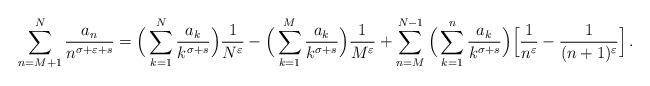
LaTeX: \begin{align*}\sum_{n=M+1}^{N}{\frac{a_{n}}{n^{\sigma + \varepsilon+s}}} = \Big( \sum_{k=1}^{N}{\frac{a_{k}}{k^{\sigma+s}}} \Big) \frac{1}{N^{\varepsilon}} - \Big( \sum_{k=1}^{M}{\frac{a_{k}}{k^{\sigma+s}}} \Big) \frac{1}{M^{\varepsilon}}+ \sum_{n=M}^{N-1}\Big( \sum_{k=1}^{n}{\frac{a_{k}}{k^{\sigma+s}}} \Big) \Big[\frac{1}{n^{\varepsilon}} - \frac{1}{(n+1)^{\varepsilon}}\Big] \,. \end{align*}